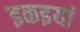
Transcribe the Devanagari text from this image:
इकइयां